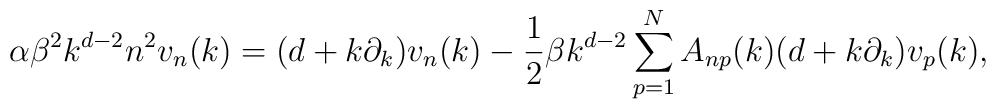
\alpha \beta^{2} k^{d-2} n^2 v_n(k) = (d+ k\partial_k) v_n(k) - {1\over 2} \beta k^{d-2} \sum_{p=1}^{N} A_{n p}(k) (d+ k\partial_k)v_p(k),